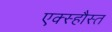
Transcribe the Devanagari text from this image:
एक्स्हौस्त